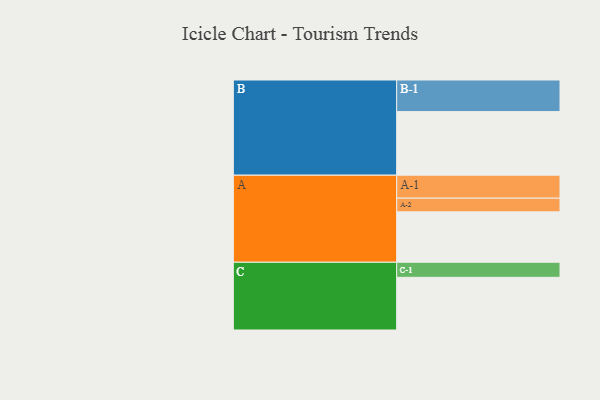
{"axis": {"x": "Segment", "y": "Value"}, "legend": ["", "A", "B", "C"], "data": [{"x": "A", "y": 402, "type": ""}, {"x": "B", "y": 507, "type": ""}, {"x": "C", "y": 420, "type": ""}, {"x": "A-1", "y": 183, "type": "A"}, {"x": "A-2", "y": 109, "type": "A"}, {"x": "B-1", "y": 252, "type": "B"}, {"x": "C-1", "y": 120, "type": "C"}]}